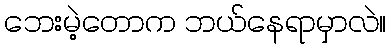
ဘေးမဲ့တောက ဘယ်နေရာမှာလဲ။